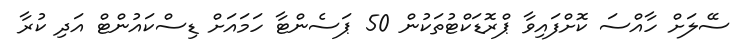
ސޭލަށް ހާއްސަ ކޮށްފައިވާ ޕްރޮޑަކްޓުތަކުން 50 ޕަސެންޓާ ހަމައަށް ޑިސްކައުންޓް އަދި ކުރާ